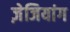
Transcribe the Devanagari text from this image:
ज़ेजियांग